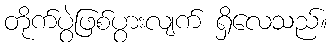
တိုက်ပွဲဖြစ်ပွားလျက် ရှိလေသည်။